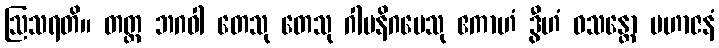
ဩသရတိ။ တတ္ထ ဘဂဝါ တေသု တေသု ဂါမနိဂမေသု ဧကာဟံ ဒွီဟံ ဝသန္တော မဟာဇနံ